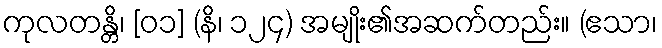
ကုလတန္တိ၊ [၀၁] (နိ၊ ၁၂၄) အမျိုး၏အဆက်တည်း။ (ဧသာ၊